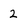
Character: 2